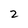
Character: 2